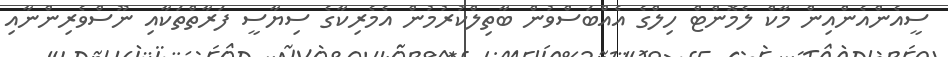
ސީއެންއެންއިން މާކް ލެމޮންޓް ހިލްގެ އެއްބަސްވުން ބާތިލްކުރުމުން އެމެރިކާގެ ސިޔާސީ ފަރާތްތަކާއި ނޫސްވެރިންނާއި